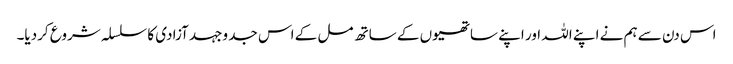
اس دن سے ہم نے اپنے اللہ اور اپنے ساتھیوں کے ساتھ مل کے اس جد وجہد آزادی کا سلسلہ شروع کردیا۔